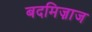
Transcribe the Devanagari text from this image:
बदमिज़ाज